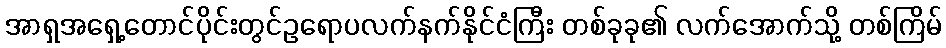
အာရှအရှေ့တောင်ပိုင်းတွင်ဥရောပလက်နက်နိုင်ငံကြီး တစ်ခုခု၏ လက်အောက်သို့ တစ်ကြိမ်